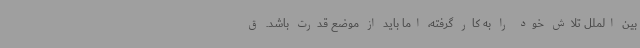
بین الملل تلاش خود را به کار گرفته، اما باید از موضع قدرت باشد. ق